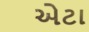
એટા